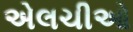
એલચીઓ